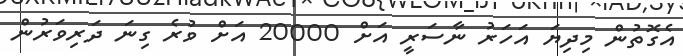
އެގޮތުން މިދިޔަ އަހަރު ނާސަރީ އަށް 20000 އަށް ވުރެ ގިނަ ދަރިވަރުން